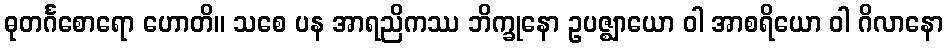
ဓုတင်္ဂစောရော ဟောတိ။ သစေ ပန အာရညိကဿ ဘိက္ခုနော ဥပဇ္ဈာယော ဝါ အာစရိယော ဝါ ဂိလာနော